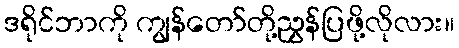
ဒရိုင်ဘာကို ကျွန်တော်တို့ညွှန်ပြဖို့လိုလား။